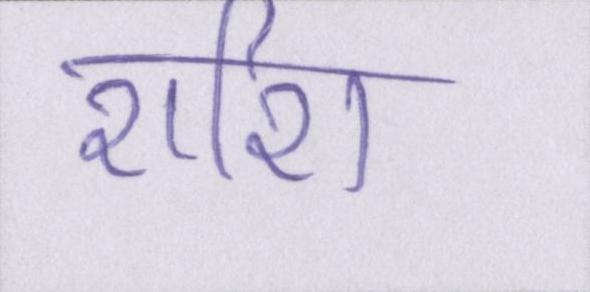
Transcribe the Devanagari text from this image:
राशि